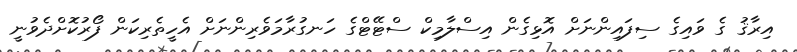
އިރާޤު ގެ ވައިގެ ސިފައިންނަށް އޮޅިގެން އިސްލާމިކް ސްޓޭޓްގެ ހަނގުރާމަވެރިންނަށް އެހީތެރިކަން ފޯރުކޮށްދެވުނީ